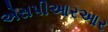
એસપીઆરઆર